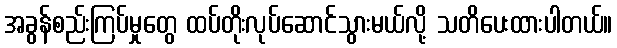
အခွန်စည်းကြပ်မှုတွေ ထပ်တိုးလုပ်ဆောင်သွားမယ်လို့ သတိပေးထားပါတယ်။